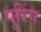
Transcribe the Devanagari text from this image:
पुरिंग